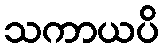
သကာယပိ